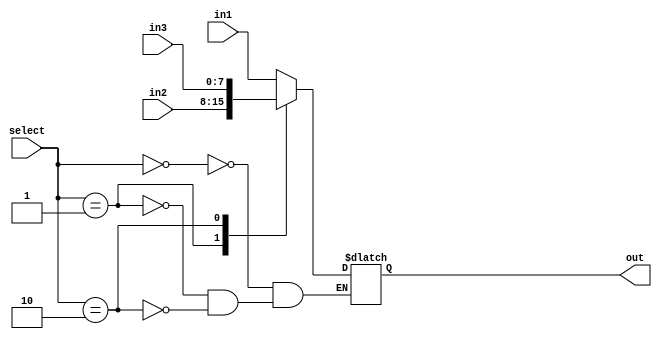
module Three_Input_mux(
								in1, 
								in2, 
								in3, 
								select, 
								out
							);
							parameter BUS_WIDTH = 8;
							parameter MSB = BUS_WIDTH - 1;
							
							input wire [MSB: 0] in1; 
							input wire [MSB: 0] in2; 
							input wire [MSB: 0] in3;
							input wire [1:0] select;
							output reg [MSB : 0] out;
							
							always @(*) begin
								case(select)
									2'b00: out <= in1;
									2'b01: out <= in2;
									2'b10: out <= in3;
									default: out <= out;
								endcase
							end

endmodule